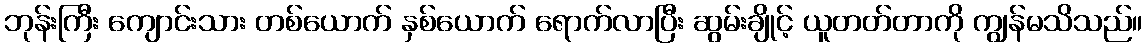
ဘုန်းကြီး ကျောင်းသား တစ်ယောက် နှစ်ယောက် ရောက်လာပြီး ဆွမ်းချိုင့် ယူတတ်တာကို ကျွန်မသိသည်။